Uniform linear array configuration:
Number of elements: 12
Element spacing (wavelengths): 1
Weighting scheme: exponential
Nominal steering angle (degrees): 45
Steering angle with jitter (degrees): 44.021
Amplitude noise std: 0.05
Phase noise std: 0.05

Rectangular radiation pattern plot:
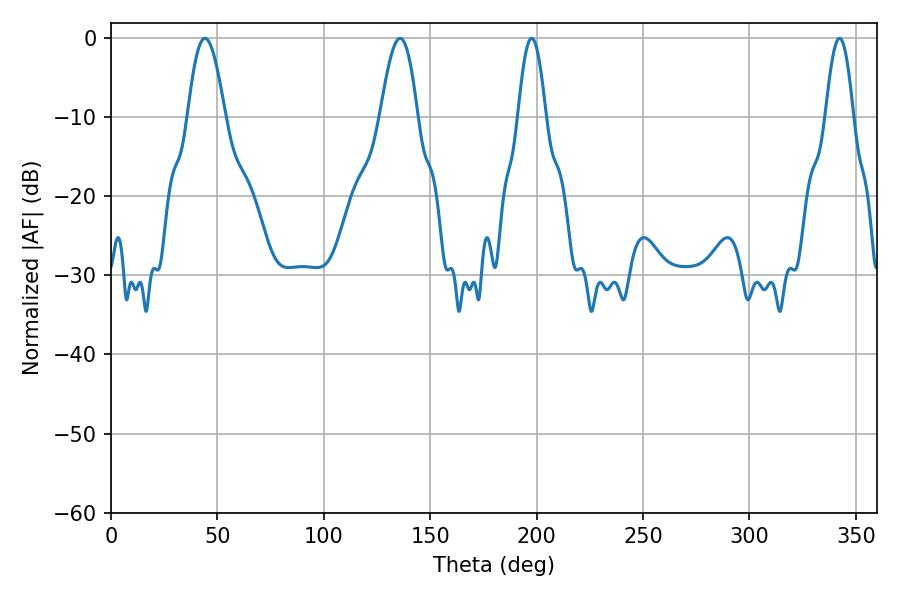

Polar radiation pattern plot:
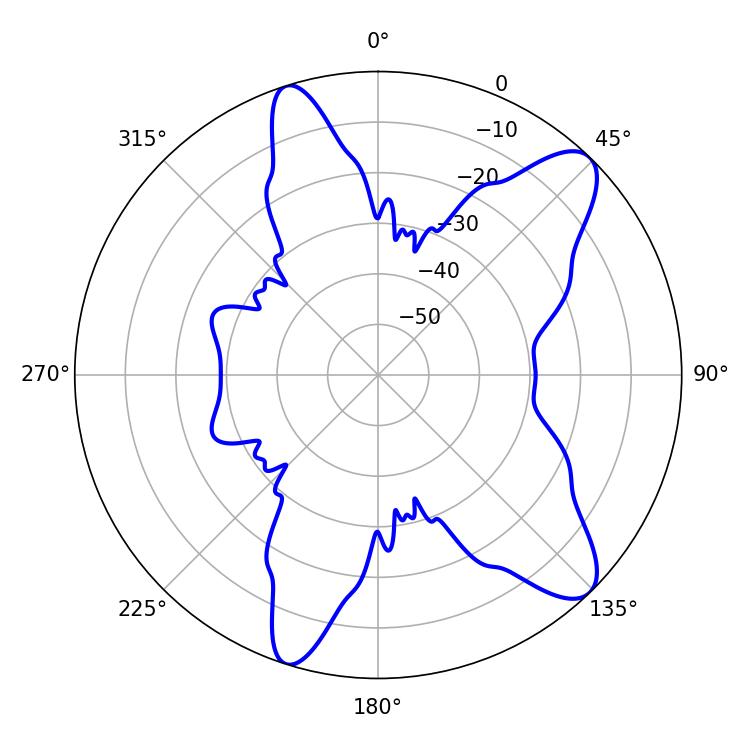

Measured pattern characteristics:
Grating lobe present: TRUE
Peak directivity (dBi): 10.489
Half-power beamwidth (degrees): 7.02
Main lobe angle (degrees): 197.64